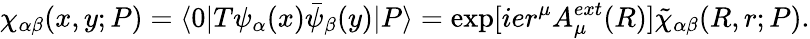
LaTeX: \chi_{\alpha\beta}(x,y;P)=\langle 0|T\psi_{\alpha}(x){\bar{\psi}}_{\beta}(y)|P\rangle=\exp[ier^{\mu}A_{\mu}^{ext}(R)]\tilde{\chi}_{\alpha\beta}(R,r;P).